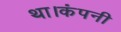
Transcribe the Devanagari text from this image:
था।कंपनी